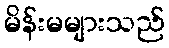
မိန်းမများသည်